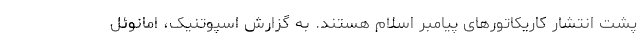
پشت انتشار کاریکاتورهای پیامبر اسلام هستند. به گزارش اسپوتنیک، امانوئل